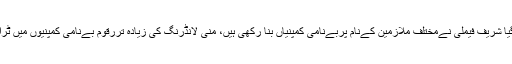
رپورٹ میں کہا گیا شریف فیملی نےمختلف ملازمین کےنام پربےنامی کمپنیاں بنا رکھی ہیں، منی لانڈرنگ کی زیادہ تررقوم بےنامی کمپنیوں میں ٹرانسفرکیجاتی تھیں۔